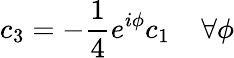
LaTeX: c_{3}=-\frac{1}{4}e^{i\phi}c_{1}\; \; \; \; \forall\phi